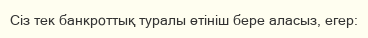
Сіз тек банкроттық туралы өтініш бере аласыз, егер: